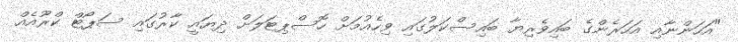
"އަހަންނާއި އަހަރެންގެ ބައިވެރިޔާ ބައިސްކަލުގައި ވިހެއުމަށް ހޮސްޕިޓަލަށް ދިޔައީ ކާރުގައި ސަޕޯޓް ކްރޫއެއް